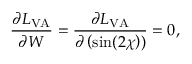
\frac { \partial L _ { \mathrm { V A } } } { \partial W } = \frac { \partial L _ { \mathrm { V A } } } { \partial \left( \sin ( 2 \chi \right) ) } = 0 ,